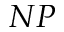
N P